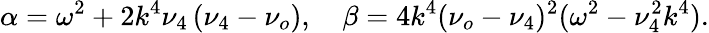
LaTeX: \alpha=\omega^{2}+2k^{4}\nu_{4}\left(\nu_{4}-\nu_{o}\right),\quad\beta=4k^{4}(\nu_{o}-\nu_{4})^{2}(\omega^{2}-\nu_{4}^{2}k^{4}).